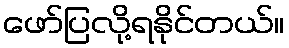
ဖော်ပြလို့ရနိုင်တယ်။